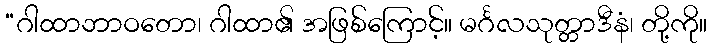
“ဂါထာဘာဝတော၊ ဂါထာ၏ အဖြစ်ကြောင့်။ မင်္ဂလသုတ္တာဒီနံ၊ တို့ကို။